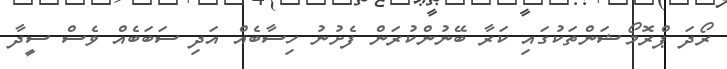
ރޯދަ ޕްރޮމޯޝަންތަކުގައި ކަރާ ބޭނުންކުރަން ފެށުނު ހިސާބެއް އަދި ސަބަބެއް ވެސް ސީދާ